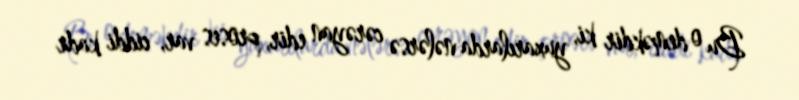
Bu o deməkdir ki, yuxarılarda nələrsə cərəyan edir, proses var, ciddi kadr